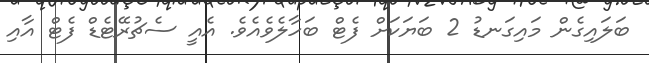
ބަލައިގެން މައިގަނޑު 2 ބަޔަކަށް ފެޓް ބަހާލެވެއެވެ. އެއީ ސެޗުރޭޓެޑް ފެޓް އާއި